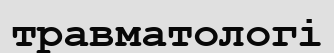
травматологі